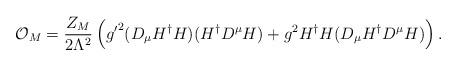
LaTeX: \begin{align*}{\cal O}_{M} = \frac{Z_M}{2 \Lambda^2} \left( {g^{\prime}} ^2 ( D_{\mu} H ^{\dagger} H)(H^{\dagger} D^{\mu} H) + g^2 H^{\dagger} H ( D_{\mu} H^{\dagger} D^{\mu} H) \right) .\end{align*}